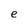
Character: e